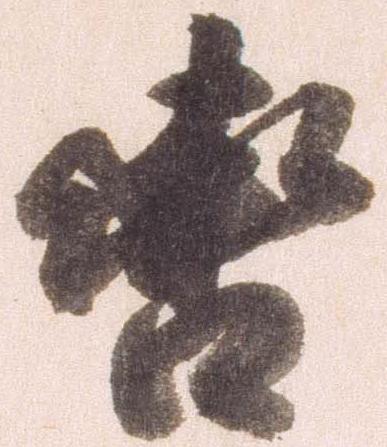
轡